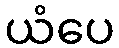
ယံပေ